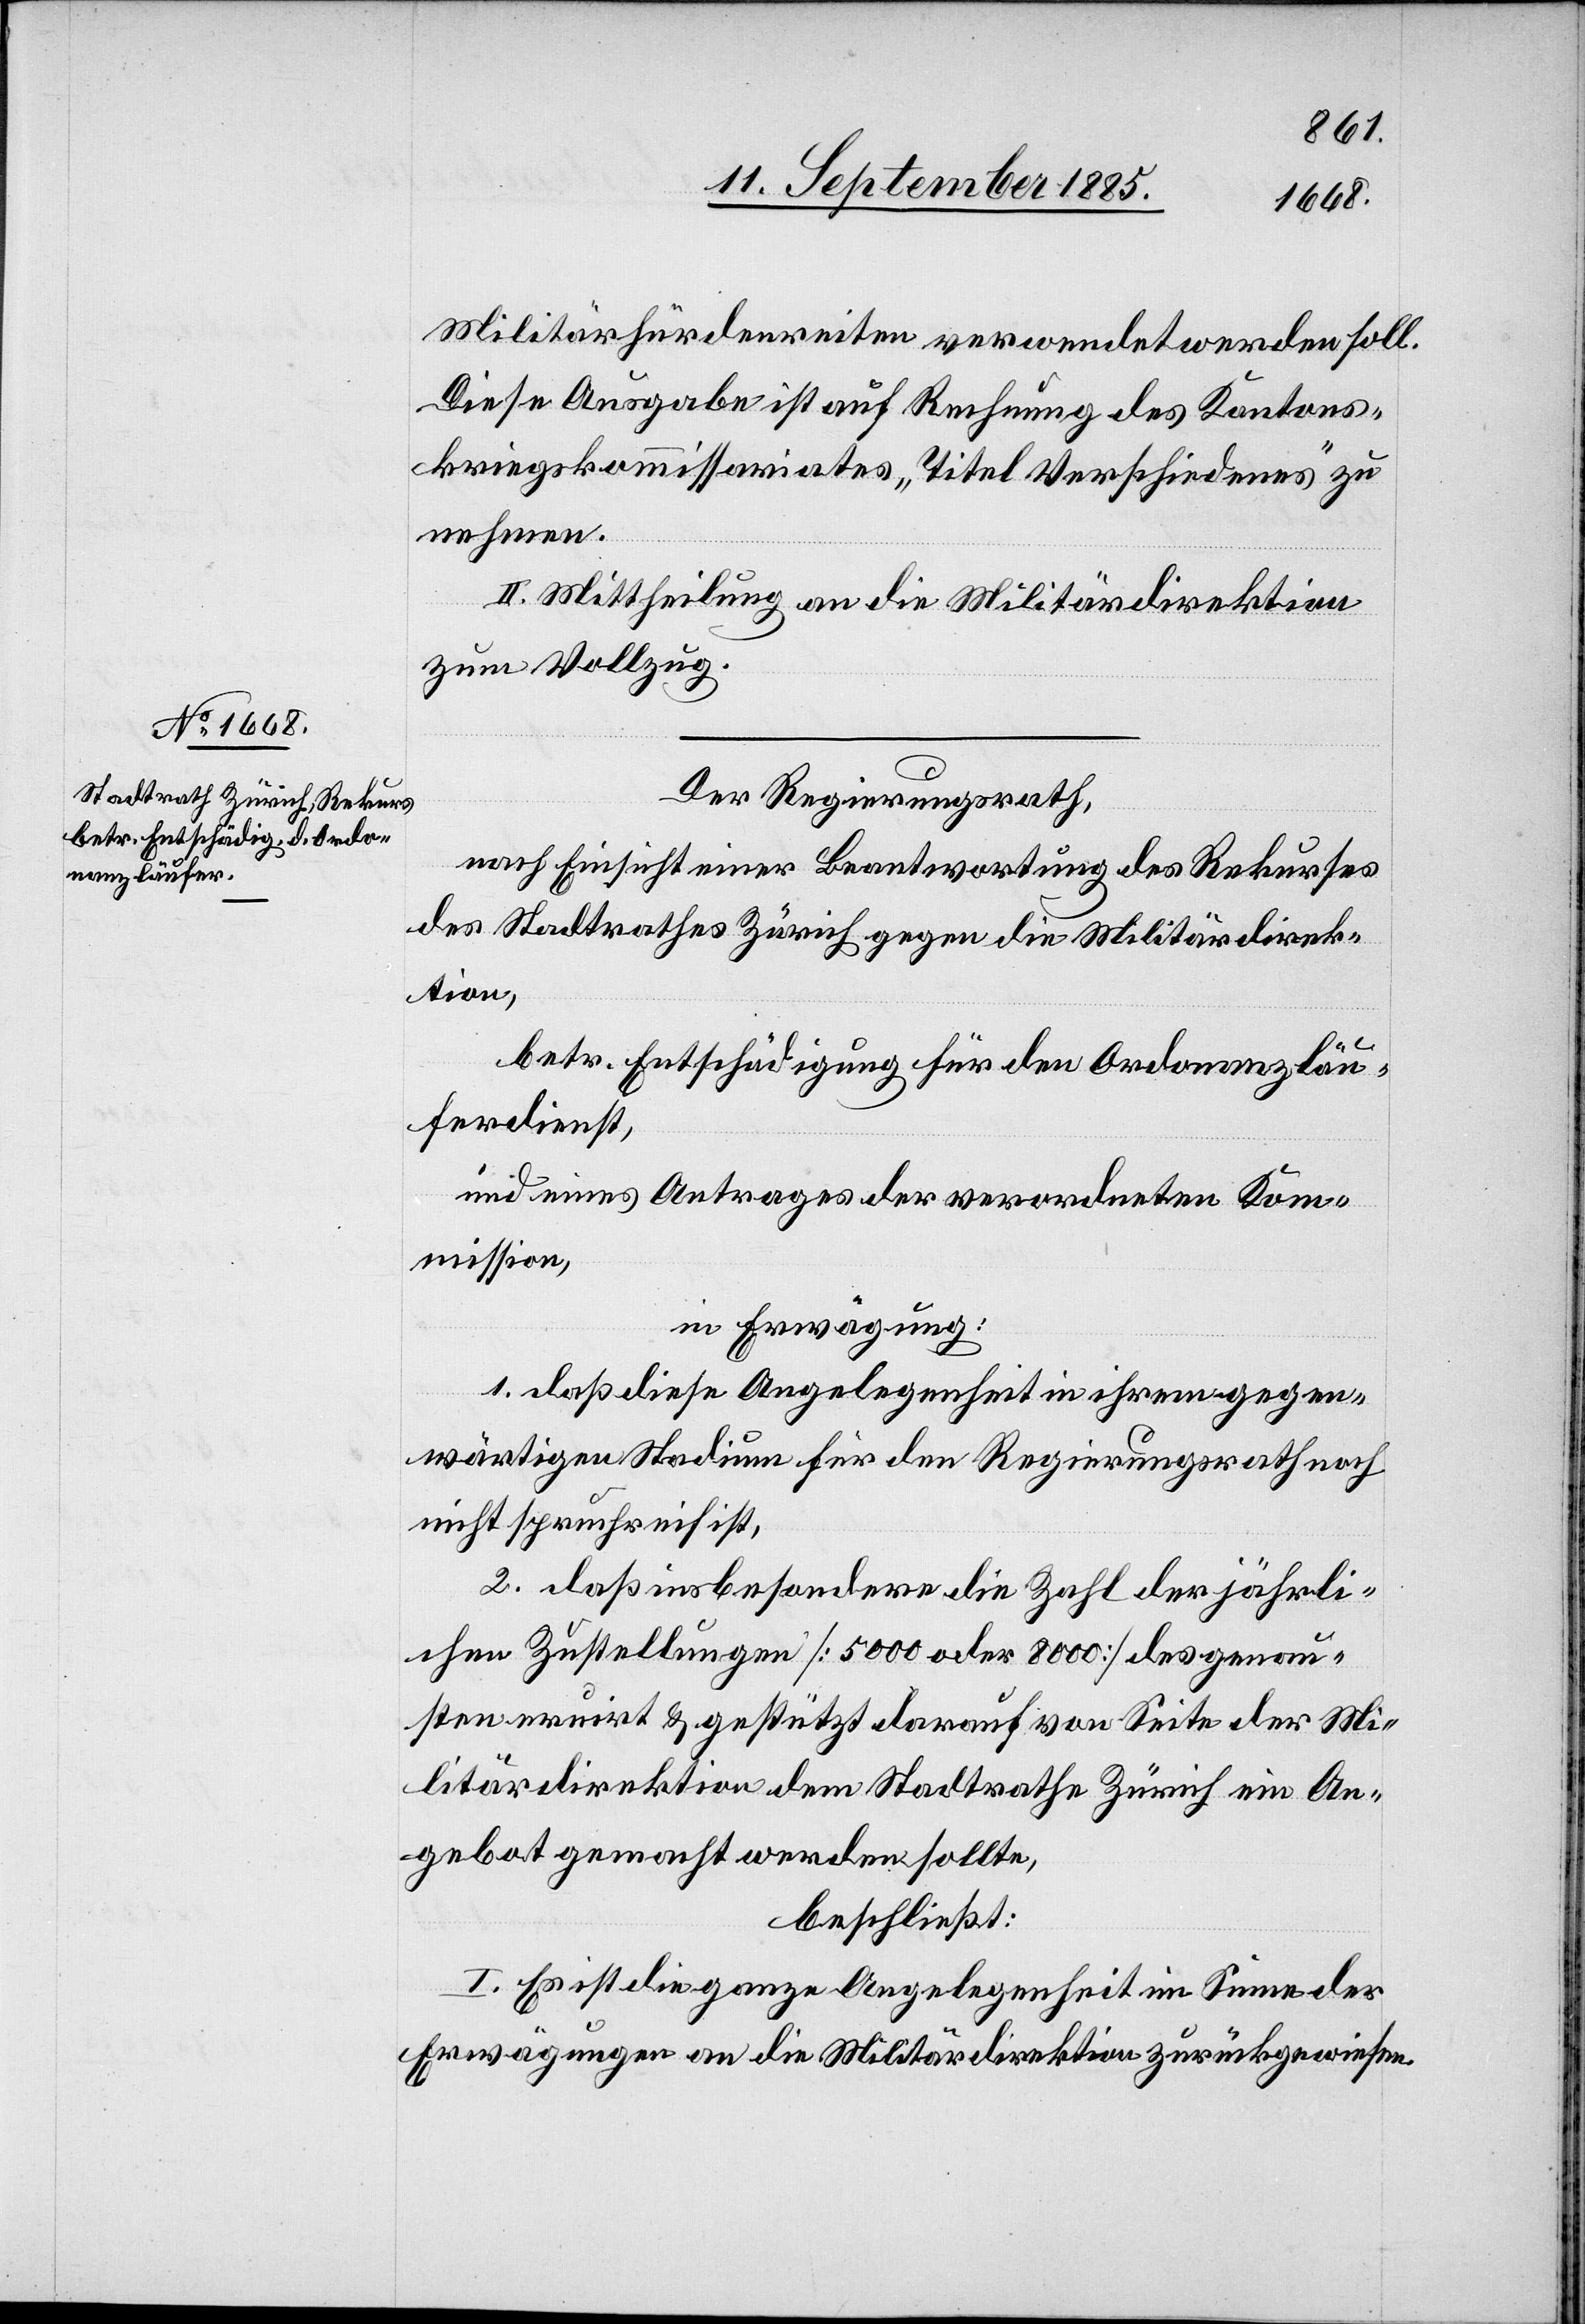
Militärhürdenreiten verwendet werden soll.
Diese Ausgabe ist auf Rechnung des Kantons¬
kriegskommissariates „Titel Verschiedenes“ zu
nehmen.
II. Mittheilung an die Militärdirektion
zum Vollzug.
Der Regierungsrath,
nach Einsicht einer Beantwortung des Rekurses
des Stadtrathes Zürich gegen die Militärdirek¬
tion,
betr. Entschädigung für den Ordonanzläu¬
ferdienst,
und eines Antrages der verordneten Kom¬
mission,
in Erwägung:
1. daß diese Angelegenheit in ihrem gegen¬
wärtigen Stadium für den Regierungsrath noch
nicht spruchreif ist,
2. daß insbesondere die Zahl der jährli¬
chen Zustellungen [5000 oder 8000] des genau¬
sten eruirt & gestützt darauf von Seite der Mi¬
litärdirektion dem Stadtrathe Zürich ein An¬
gebot gemacht werden sollte,
beschließt:
I. Es ist die ganze Angelegenheit im Sinne der
Erwägungen an die Militärdirektion zurückgewiesen.